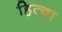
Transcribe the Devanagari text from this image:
हित्वा